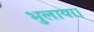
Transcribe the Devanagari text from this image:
भुलाया।